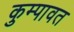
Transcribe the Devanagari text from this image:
कुम्पावत